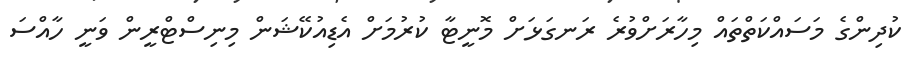
ކުދިންގެ މަސައްކަތްތައް މިހާރަށްވުރެ ރަނގަޅަށް މޮނީޓާ ކުރުމަށް އެޑިއުކޭޝަން މިނިސްޓްރީން ވަނީ ހާއްސަ